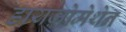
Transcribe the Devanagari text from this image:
डायज़ोमेथेन